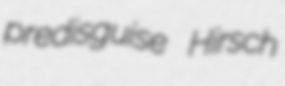
predisguise Hirsch